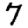
Digit: 7